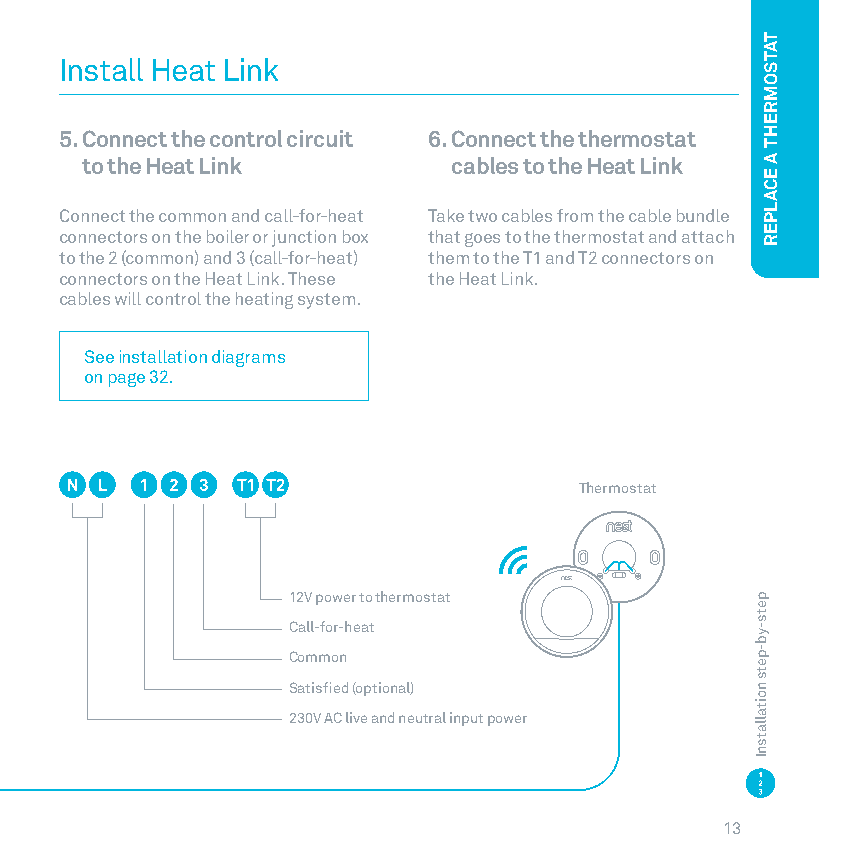
Install Heat Link
 5. Connect the control circuit 6. Connect the thermostat
 to the Heat Link         cables to the Heat Link
 Connect the common and call-for-heat Take two cables from the cable bundle
 connectors on the boiler or junction box that goes to the thermostat and attach
 to the 2 (common) and 3 (call-for-heat ) them to the T1 and T2 connectors on
 connectors on the Heat Link These the Heat Link
 cables will control the heating system
 See installation diagrams
 on page 32
 Thermostat
 12V power to thermostat
 Call-for-heat
 Common
 Satisfied (optional)
 230V AC live and neutral input power
 13
 pets-yb-pets
 noitallatsnI
 TATSOMREHT
 A
 ECALPER